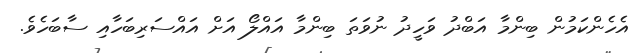
އެހެންކަމުން ބިންމާ އަބްދު ވަހީދު ނުވަތަ ބިންމާ އައްލޯ އަށް އައްސަރިބަހާއި ސާބަހެވެ.